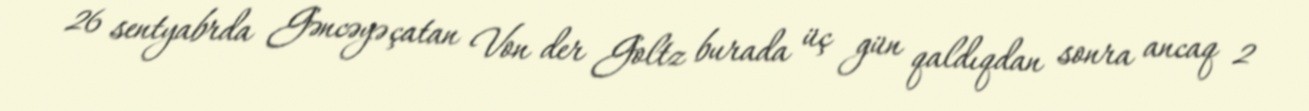
26 sentyabrda Gəncəyə çatan Von der Goltz burada üç gün qaldıqdan sonra ancaq 2